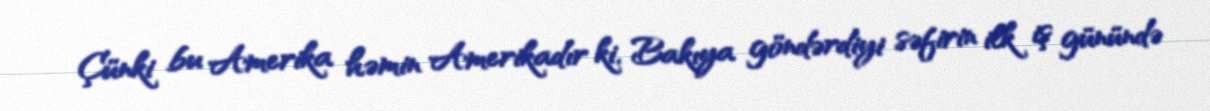
Çünki bu Amerika həmin Amerikadır ki, Bakıya göndərdiyi səfirin ilk iş günündə